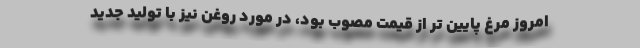
امروز مرغ پایین تر از قیمت مصوب بود، در مورد روغن نیز با تولید جدید